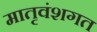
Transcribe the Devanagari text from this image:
मातृवंशगत